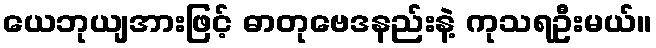
ယေဘုယျအားဖြင့် ဓာတုဗေဒနည်းနဲ့ ကုသရဦးမယ်။